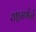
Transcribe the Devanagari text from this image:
राष्ट्रसभेने